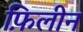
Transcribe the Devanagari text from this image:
फ़िलीन